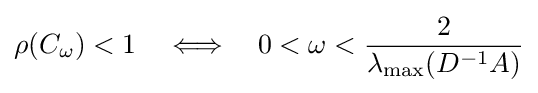
\rho (C_{\omega })<1\quad \Longleftrightarrow \quad 0<\omega <{\frac {2}{\lambda _{\text{max}}(D^{-1}A)}}